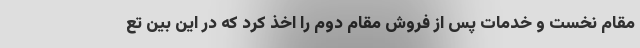
مقام نخست و خدمات پس از فروش مقام دوم را اخذ کرد که در این بین تع